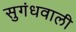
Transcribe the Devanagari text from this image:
सुगंधवाली